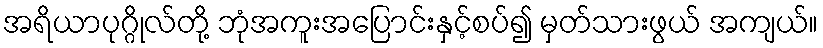
အရိယာပုဂ္ဂိုလ်တို့ ဘုံအကူးအပြောင်းနှင့်စပ်၍ မှတ်သားဖွယ် အကျယ်။